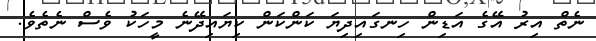
ނެތް އިރު އޭގެ އަޑިން ހިނގައިދިޔަ ކަންކަން ކިޔައިދޭނެ މީހަކު ވެސް ނެތެވެ.